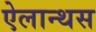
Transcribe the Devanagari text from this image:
ऐलान्थस